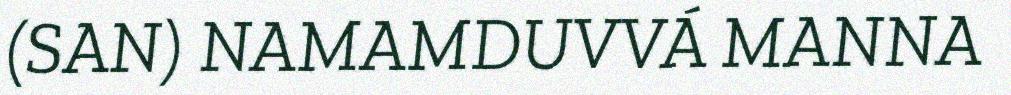
(SAN) NAMAMDUVVÁ MANNA